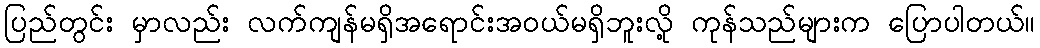
ပြည်တွင်း မှာလည်း လက်ကျန်မရှိအရောင်းအဝယ်မရှိဘူးလို့ ကုန်သည်များက ပြောပါတယ်။